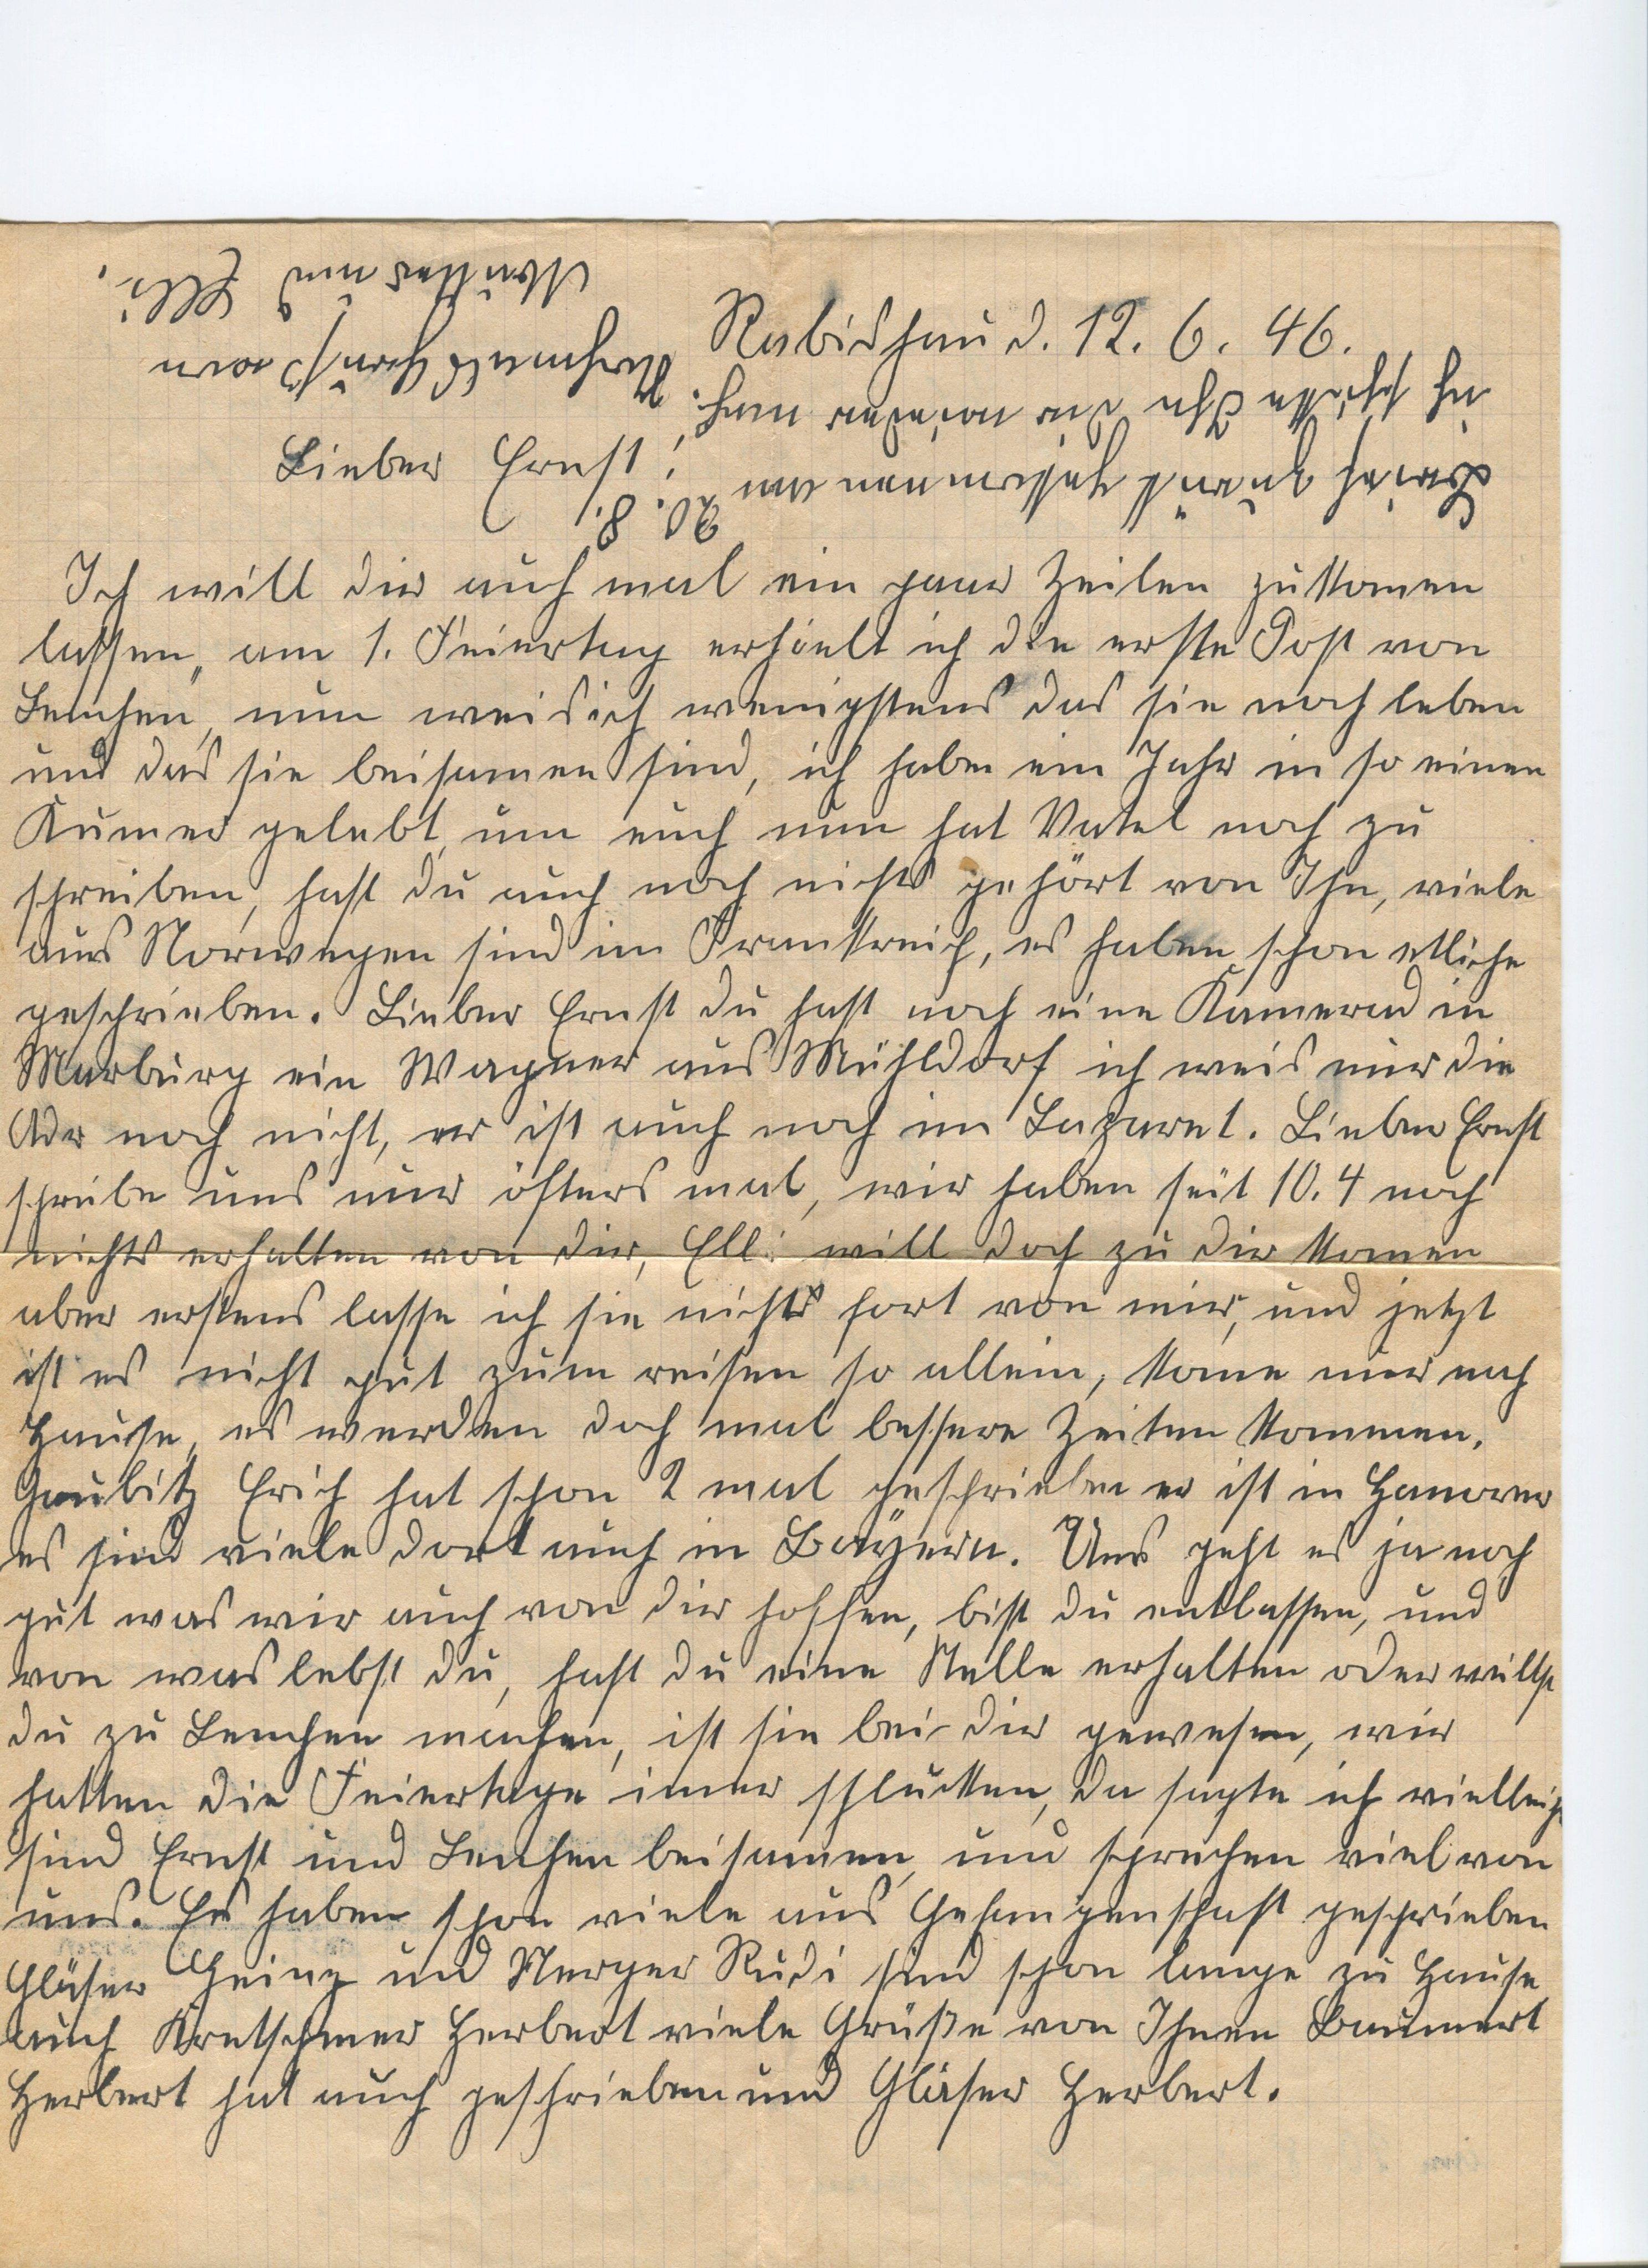
Mutter und Elli.
Rabishau d. 12. 6. 46.
Nochmals Gruß von
ich schicke Ihn dir wieder nach!
Lieber Ernst!
Brief zurück gekommen am 20. 8.
Ich will Dir auch mal ein paar Zeilen zukommen
lassen, am 1. Feiertag erhielt ich die nette Post von
Lenchen, nun weis ich wenigstens das sie noch leben
und das sie beisammen sind, ich habe ein Jahr in so einen
Kumer gelebt um euch nun hat Vatel noch zu
schreiben, hast du auch noch nichts gehört von Ihn, viele
aus Norwegen sind im Frankreich, es haben schon etliche
geschrieben. Lieber Ernst Du hast noch einen Kamerad in
Marburg ein Wagner aus Michldorf ich weis nur die
Uhr noch nicht, er ist auch noch im Lazaret. Lieber Ernst
schreibe uns nur öfters mal, wir haben seit 10. 4 noch
nichts erhalten von Dir, Elli will Doch zu Dir kommen
aber erstens lasse ich sie nicht fort von mir, und jetzt
ist es nicht gut zum reisen, so allein, kome nur nach
Hause, es werden doch mal bessere Zeiten kommen,
Gaulitz Erich hat schon 2 mal geschrieben er ist in Hanover
es sind viele dort auch in Bayern. Uns geht es ja noch
gut was wir auch von Dir hoffen, bist Du entlassen, und
von was lebst Du, hast Du eine Stelle erhalten oder willst
Du zu Lenchen machen, ist sie bei Dir gewesen, wir
hatten die Feiertage immer schlucken, da sagte ich vielleicht
sind Ernst und Lenchen beisammen, und sprechen viel von
uns. Es haben schon viele aus Gefangenschaft geschrieben
Gläser Heinz und Sterger Rudi sind schon lange zu Hause
auch Kretschmer Herbert viele Grüße von Ihnen Baumert
Herbert hat auch gut geschrieben und Gläser Herbert.